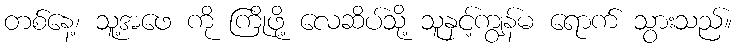
တစ်နေ့၊ သူ့အဖေ ကို ကြိုဖို့ လေဆိပ်သို့ သူနှင့်ကျွန်မ ရောက် သွားသည်။